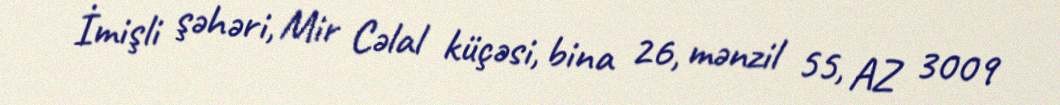
İmişli şəhəri, Mir Cəlal küçəsi, bina 26, mənzil 55, AZ 3009